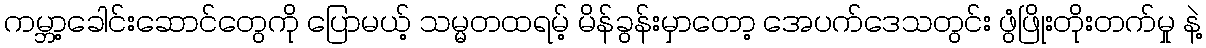
ကမ္ဘာ့ခေါင်းဆောင်တွေကို ပြောမယ့် သမ္မတထရမ့် မိန်ခွန်းမှာတော့ အေပက်ဒေသတွင်း ဖွံဖြိုးတိုးတက်မှု နဲ့